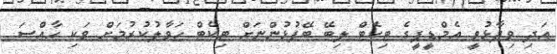
އަދި ވިދާޅުވީ އެމްޑީޕީގެ ޓިކެޓް ލިބޭ ބޭފުޅުންނަށް ޓިކެޓް ހަވާލުކުުރުމަށް ވަކި ހާއްސަ